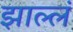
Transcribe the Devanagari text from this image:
झाल्लं